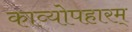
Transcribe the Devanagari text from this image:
काव्योपहारम्